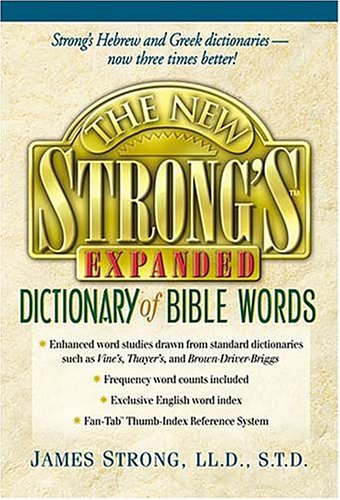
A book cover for The New Strong's Expanded Dictionary Of Bible Words; Robert P. Kendall; Christian Books & Bibles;